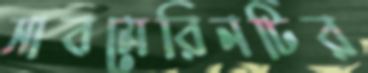
সাবমেরিনটির